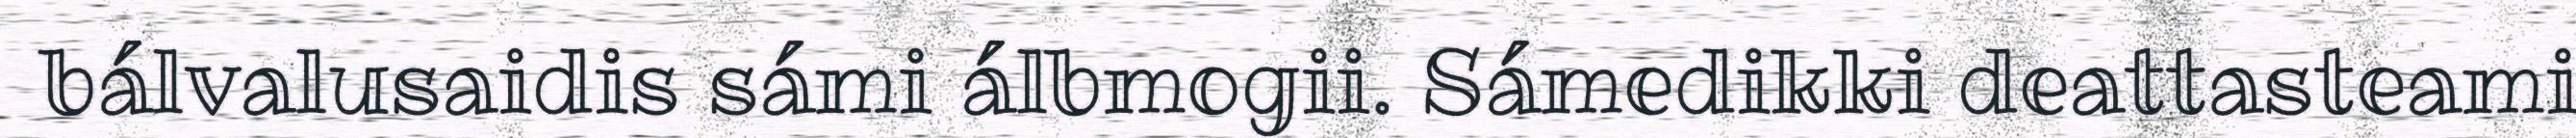
bálvalusaidis sámi álbmogii. Sámedikki deattasteami